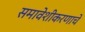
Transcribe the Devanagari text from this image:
समावेशीकरणाचे